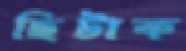
ছিটাক